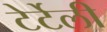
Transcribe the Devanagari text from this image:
टेर्टेली